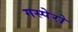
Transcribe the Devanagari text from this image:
गस्पेरो